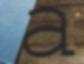
a